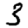
Digit: 3